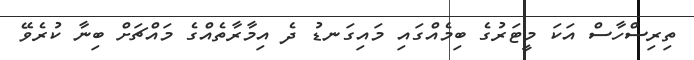
ތިރިސްހާސް އަކަ މީޓަރުގެ ބިމެއްގައި މައިގަނޑު ދެ އިމާރާތެއްގެ މައްޗަށް ބިނާ ކުރެވޭ